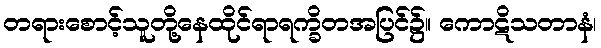
တရားစောင့်သူတို့နေထိုင်ရာရက္ခိတအပြင်၌။ ကောဋိသတာနံ၊